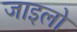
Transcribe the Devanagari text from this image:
जाइलो